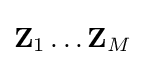
\mathbf {Z} _{1}\dots \mathbf {Z} _{M}